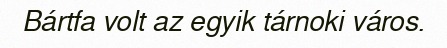
Bártfa volt az egyik tárnoki város.